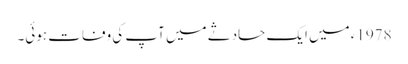
1978ء میں ایک حادثے میں آپ کی وفات ہوئی۔